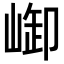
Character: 𪩆